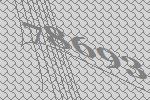
78693